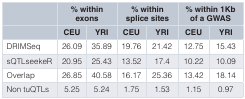
<table><thead><tr><td></td><td colspan="2"><b>% withinexons</b></td><td colspan="2"><b>% withinsplice sites</b></td><td colspan="2"><b>% within 1Kbof a GWAS</b></td></tr><tr><td></td><td><b>CEU</b></td><td><b>YRI</b></td><td><b>CEU</b></td><td><b>YRI</b></td><td><b>CEU</b></td><td><b>YRI</b></td></tr></thead><tbody><tr><td>DRIMSeq</td><td>26.09</td><td>35.89</td><td>19.76</td><td>21.42</td><td>12.75</td><td>15.43</td></tr><tr><td>sQTLseekeR</td><td>20.95</td><td>25.43</td><td>13.52</td><td>17.4</td><td>10.22</td><td>10.09</td></tr><tr><td>Overlap</td><td>26.85</td><td>40.58</td><td>16.17</td><td>25.36</td><td>13.42</td><td>18.14</td></tr><tr><td>Non tuQTLs</td><td>5.25</td><td>5.24</td><td>1.75</td><td>1.53</td><td>1.15</td><td>0.97</td></tr></tbody></table>